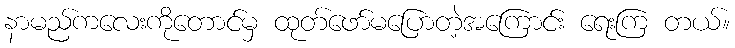
နာမည်ကလေးကိုတောင်မှ ထုတ်ဖော်မပြောတဲ့အကြောင်း ရေးကြ တယ်။